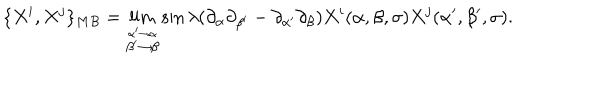
\{ X ^ { i } , X ^ { j } \} _ { M B } = \lim _ { \stackrel { \alpha ^ { \prime } \to \alpha } { \beta ^ { \prime } \to \beta } } \sin \lambda ( \partial _ { \alpha } \partial _ { \beta ^ { \prime } } - \partial _ { \alpha ^ { \prime } } \partial _ { \beta } ) X ^ { i } ( \alpha , \beta , \sigma ) X ^ { j } ( \alpha ^ { \prime } , \beta ^ { \prime } , \sigma ) .